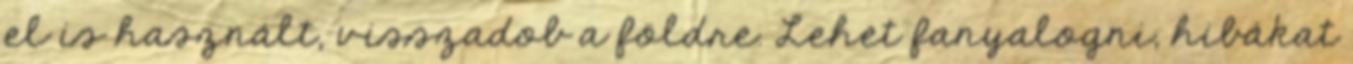
el is használt, visszadob a földre. Lehet fanyalogni, hibákat